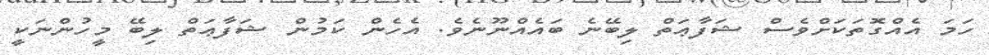
ހަމަ އެއްގޮތަކަށްވެސް ޝަފާޢަތް ލިބޭނެ ބައެއްނޫނެވެ. އެހެން ކަމުން ޝަފާޢަތް ލިބޭ މީހުންނަކީ